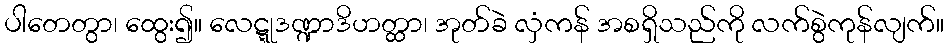
ပါတေတွာ၊ ထွေး၍။ လေဋ္ဋုဒဏ္ဍာဒိဟတ္ထာ၊ အုတ်ခဲ လှံကန် အစရှိသည်ကို လက်စွဲကုန်လျက်။